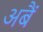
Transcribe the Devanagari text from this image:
अबैं